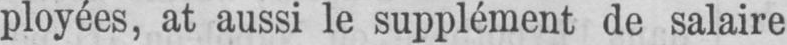
ployées, at aussi le supplément de salaire